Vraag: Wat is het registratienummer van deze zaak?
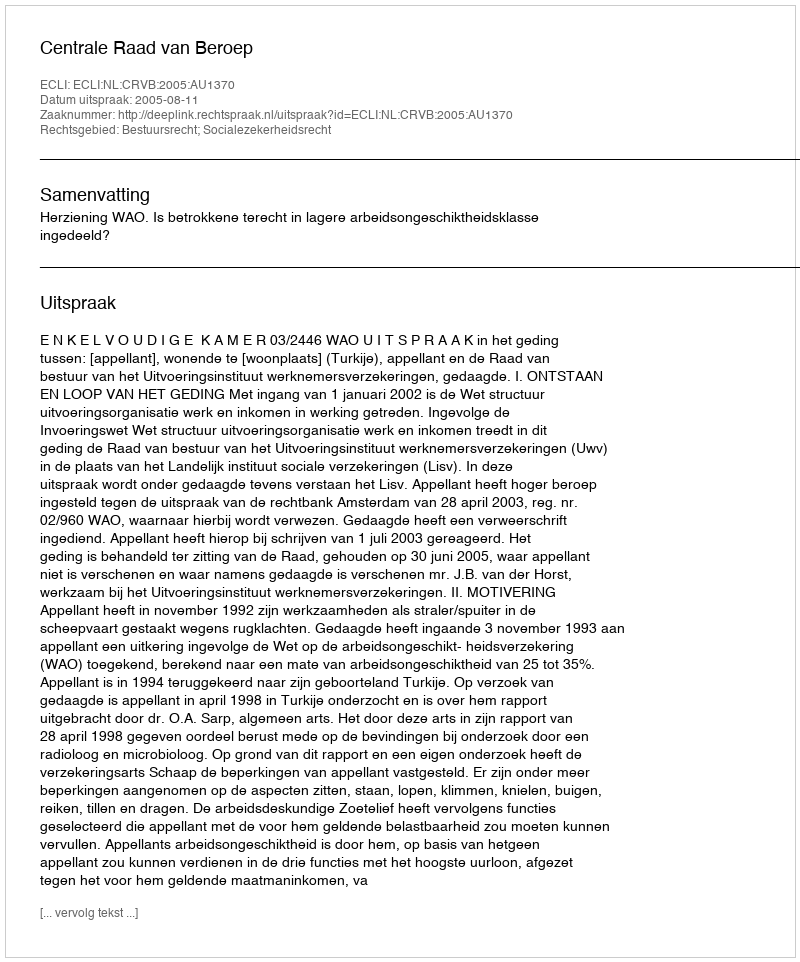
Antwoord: http://deeplink.rechtspraak.nl/uitspraak?id=ECLI:NL:CRVB:2005:AU1370